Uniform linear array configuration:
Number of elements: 4
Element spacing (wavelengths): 1
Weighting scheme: hamming
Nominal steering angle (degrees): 60
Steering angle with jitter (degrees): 59.969
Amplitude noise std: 0.05
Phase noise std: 0.05

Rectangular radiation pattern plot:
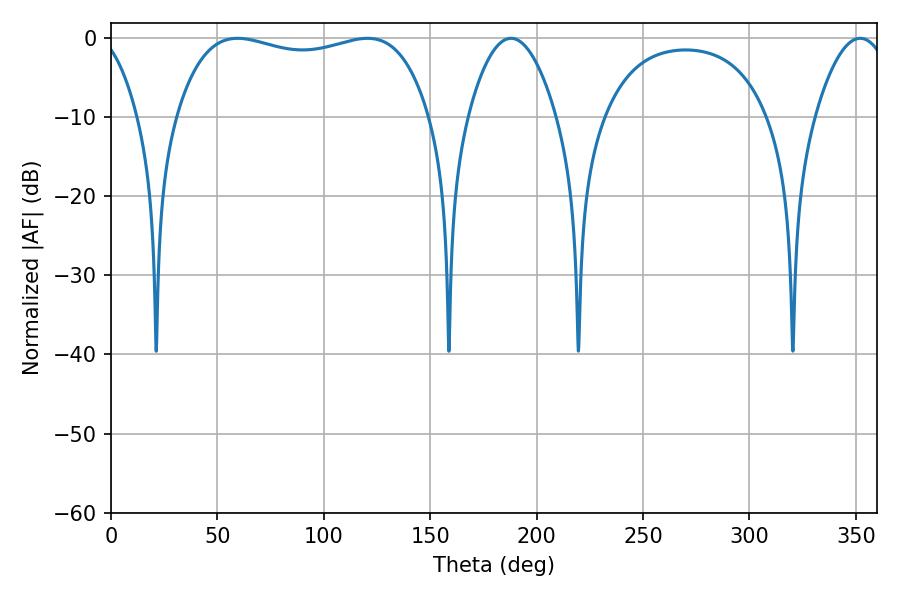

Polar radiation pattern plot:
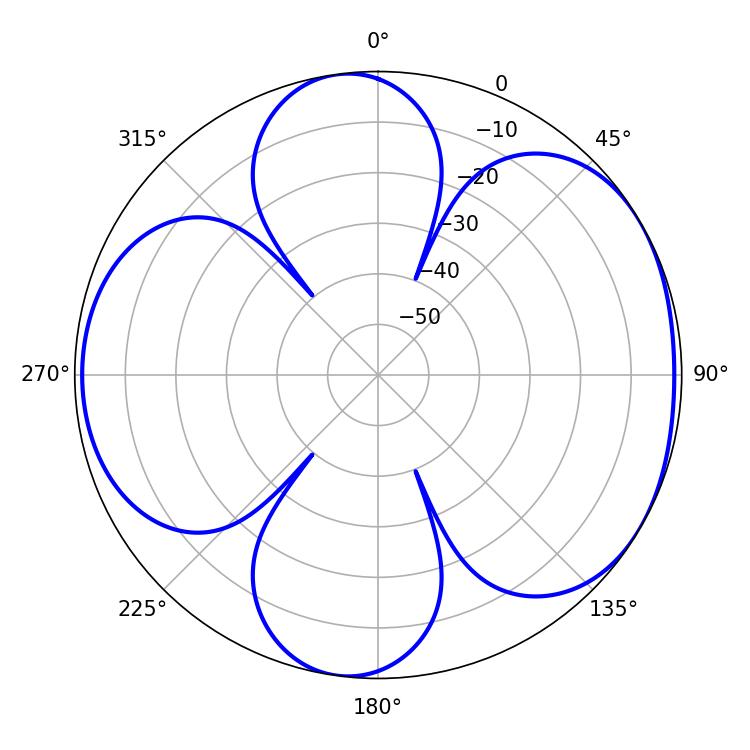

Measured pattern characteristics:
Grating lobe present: TRUE
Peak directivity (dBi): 5.298
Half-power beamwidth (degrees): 96.48
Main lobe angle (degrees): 59.4